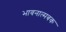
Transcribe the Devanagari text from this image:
भावनात्मबक